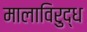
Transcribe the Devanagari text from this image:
मालाविरुद्ध